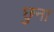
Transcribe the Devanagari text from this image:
छुना